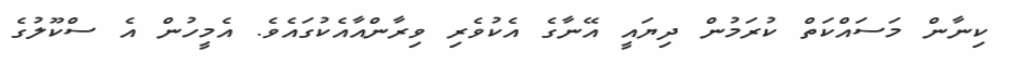
ކިނާން މަސައްކަތް ކުރަމުން ދިޔައީ އޭނާގެ އެކުވެރި ވިރާންއާއެކުގައެވެ. އެމީހުން އެ ސްކޫލުގެ